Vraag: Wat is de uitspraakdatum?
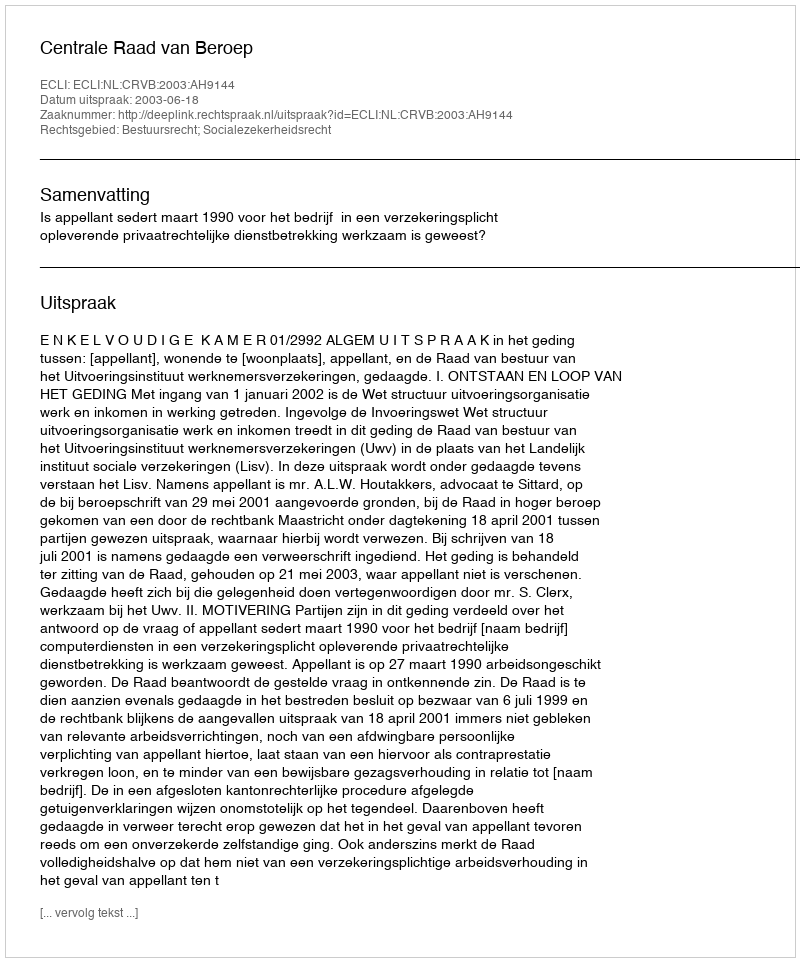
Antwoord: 2003-06-18